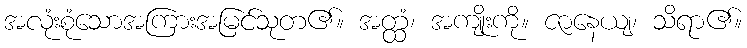
အလုံးစုံသောအကြားအမြင်သုတ၏။ အတ္ထံ၊ အကျိုးကို။ ဇာနေယျ၊ သိရာ၏။